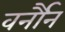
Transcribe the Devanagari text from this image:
वर्नौन